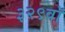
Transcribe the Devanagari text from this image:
३२९वॉ